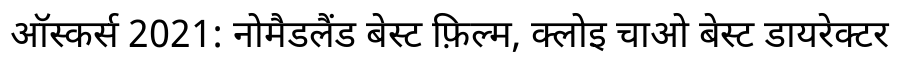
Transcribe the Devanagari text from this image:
ऑस्कर्स 2021: नोमैडलैंड बेस्ट फ़िल्म, क्लोइ चाओ बेस्ट डायरेक्टर